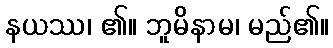
နယဿ၊ ၏။ ဘူမိနာမ၊ မည်၏။